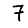
Digit: 7